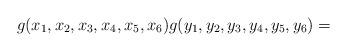
LaTeX: \begin{align*}g(x_1,x_2,x_3,x_4,x_5,x_6) g(y_1,y_2,y_3,y_4,y_5,y_6)= \end{align*}